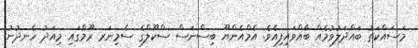
މަސައްކަތު ބައްދަލުވުމެއް ބާއްވައިފިއެވެ. އެމްއެންޔޫ ބިސްނަސް ސްކޫލްގެ ސެމިނަރ ރޫމްގައި މިއަދު ހެނދުނު